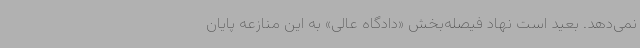
نمی‌دهد. بعید است نهاد فیصله‌بخش «دادگاه عالی» به این منازعه پایان